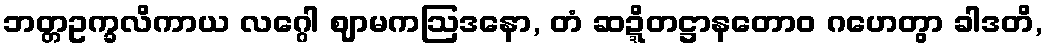
ဘတ္တဥက္ခလိကာယ လဂ္ဂေါ ဈာမကဩဒနော, တံ ဆဍ္ဍိတဋ္ဌာနတောဝ ဂဟေတွာ ခါဒတိ,